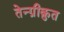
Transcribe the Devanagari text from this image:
तेन्ग्रीक़ुत